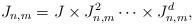
LaTeX: \begin{align*}J_{n,m} = J \times J_{n,m}^{2} \cdots \times J_{n,m}^d,\end{align*}